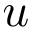
u